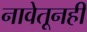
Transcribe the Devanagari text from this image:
नावेतूनही